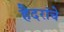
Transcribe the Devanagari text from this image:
हैदरांचे